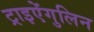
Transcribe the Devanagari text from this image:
ट्राइऐंगुलिन